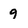
Character: 9